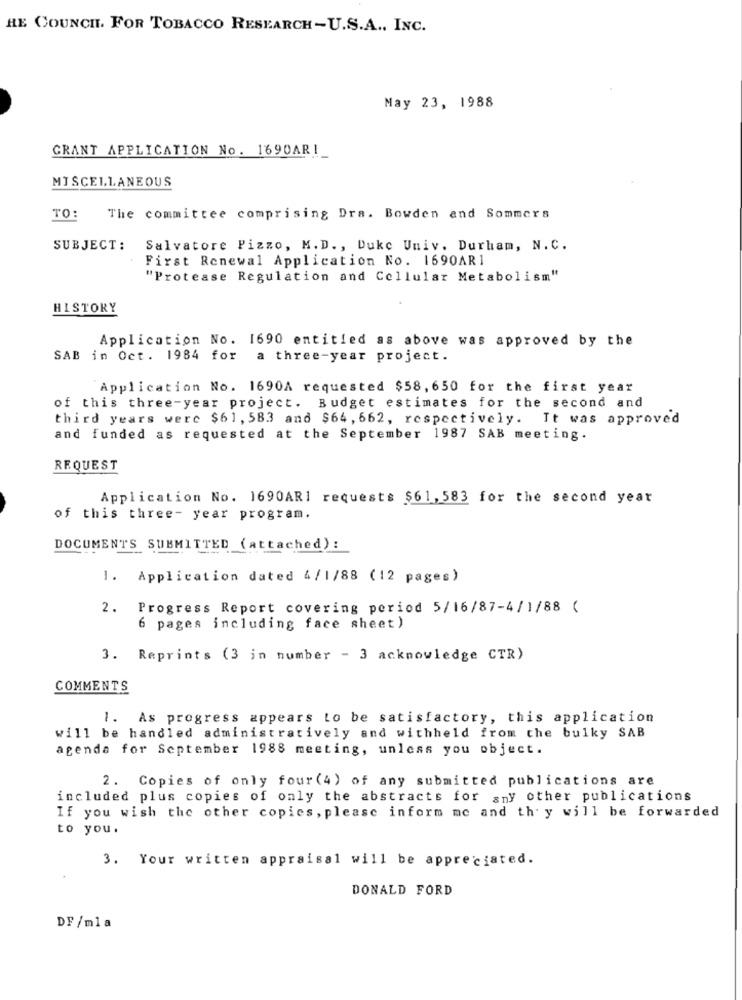
HE COUNCIL. FOR TOBACCO RESEARCH-U.S.A ., INC.
May 23, 1988
GRANT APPLICATION No. 1690ARI
MISCELLANEOUS
TO:
The committee comprising Dra. Bowden and Sommers
SUBJECT:
Salvatore Pizzo, M.D ., Duke Univ. Durham, N.C.
First Renewal Application No. 1690AR1
"Protease Regulation and Cellular Metabolism"
HISTORY
Application No. 1690 entitled as above was approved by the
SAB in Oct. 1984 for a three-year project.
Application No. 1690A requested $58, 650 for the first year
of this three-year project. Budget estimates for the second and
third years werc $61, 583 and $64, 662, respectively. It was approved
and funded as requested at the September 1987 SAB meeting.
REQUEST
Application No. 1690ARI requests $61, 583 for the second year
of this three- year program.
DOCUMENTS SUBMITTED (attached) :
1. Application dated 4/1/88 (12 pages)
2. Progress Report covering period 5/16/87-4/1/88 (
6 pages including face sheet)
3. Reprints (3 in number - 3 acknowledge CTR)
COMMENTS
1. As progress appears to be satisfactory, this application
will be handled administratively and withheld from the bulky SAB
agenda for September 1988 meeting, unless you object.
2. Copies of only four (4) of any submitted publications are
included plus copies of only the abstracts for any other publications
If you wish the other copics, please inform me and thy will be forwarded
to you.
3. Your written appraisal will be appreciated.
DONALD FORD
DF/mla